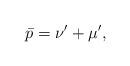
LaTeX: \begin{align*} \bar{p}=\nu' +\mu',\end{align*}